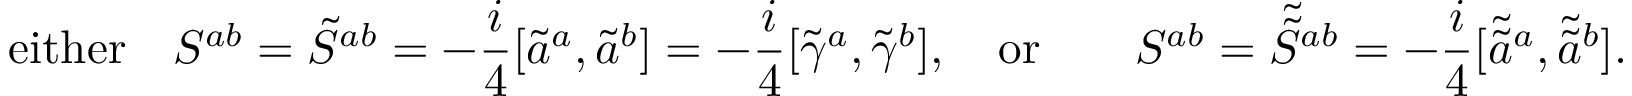
\mathrm { e i t h e r } \quad { \cal S } ^ { a b } = \tilde { S } ^ { a b } = - \frac { i } { 4 } [ \tilde { a } ^ { a } , \tilde { a } ^ { b } ] = - \frac { i } { 4 } [ \tilde { \gamma } ^ { a } , \tilde { \gamma } ^ { b } ] , \quad \mathrm { o r } \qquad { \cal S } ^ { a b } = \tilde { \tilde { S } } { } ^ { a b } = - \frac { i } { 4 } [ \tilde { \tilde { a } } { } ^ { a } , \tilde { \tilde { a } } { } ^ { b } ] .